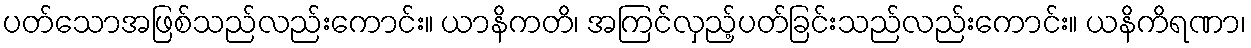
ပတ်သောအဖြစ်သည်လည်းကောင်း။ ယာနိကတိ၊ အကြင်လှည့်ပတ်ခြင်းသည်လည်းကောင်း။ ယနိကိရဏာ၊